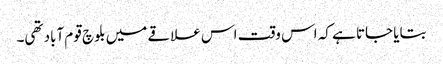
بتایا جاتا ہے کہ اس وقت اس علاقے میں بلوچ قوم آباد تھی۔